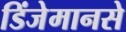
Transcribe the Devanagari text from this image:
डिंजेमानसे